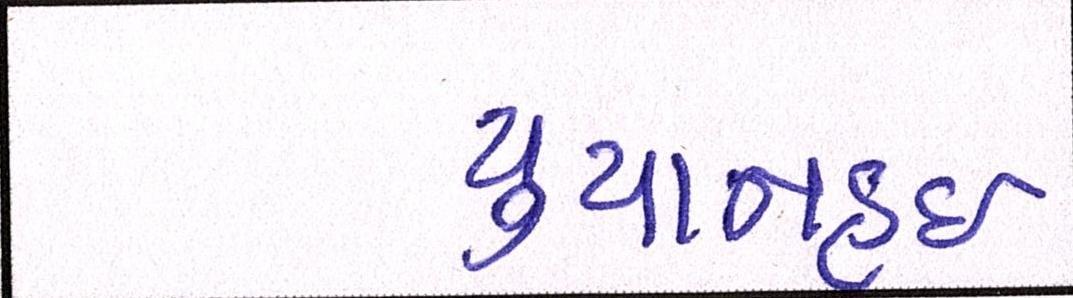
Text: યુયાનહુઈ